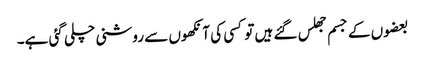
بعضوں کے جسم جھلس گئے ہیں تو کسی کی آنکھوں سے روشنی چلی گئی ہے۔